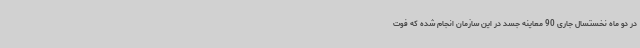
در دو ماه نخستسال جاری 90 معاینه جسد در این سازمان انجام شده که فوت